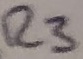
Text: R3